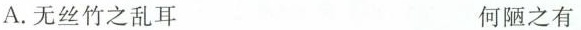
A.无丝竹之乱耳 何陋之有